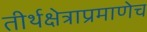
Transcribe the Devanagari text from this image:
तीर्थक्षेत्राप्रमाणेच